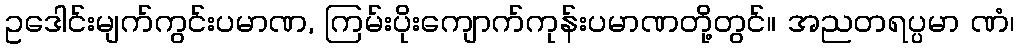
ဥဒေါင်းမျက်ကွင်းပမာဏ, ကြမ်းပိုးကျောက်ကုန်းပမာဏတို့တွင်။ အညတရပ္ပမာ ဏံ၊